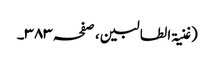
(غنیۃ الطالبین ، صفحہ ٣٨٣۔